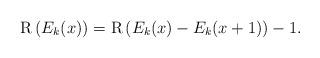
LaTeX: \begin{align*}\mathrm{R}\left(E_k(x)\right)=\mathrm{R}\left(E_k(x)-E_k(x+1)\right)-1.\end{align*}